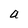
Character: a